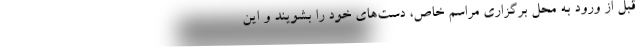
قبل از ورود به محل برگزاری مراسم خاص، دست‌های خود را بشویند و این